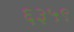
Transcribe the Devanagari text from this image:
६३५९